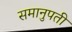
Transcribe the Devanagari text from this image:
समानुपती